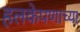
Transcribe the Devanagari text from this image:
हलकेपणाच्या